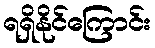
ရရှိနိုင်ကြောင်း